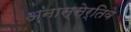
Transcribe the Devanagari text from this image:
अनास्सेर्तिवे